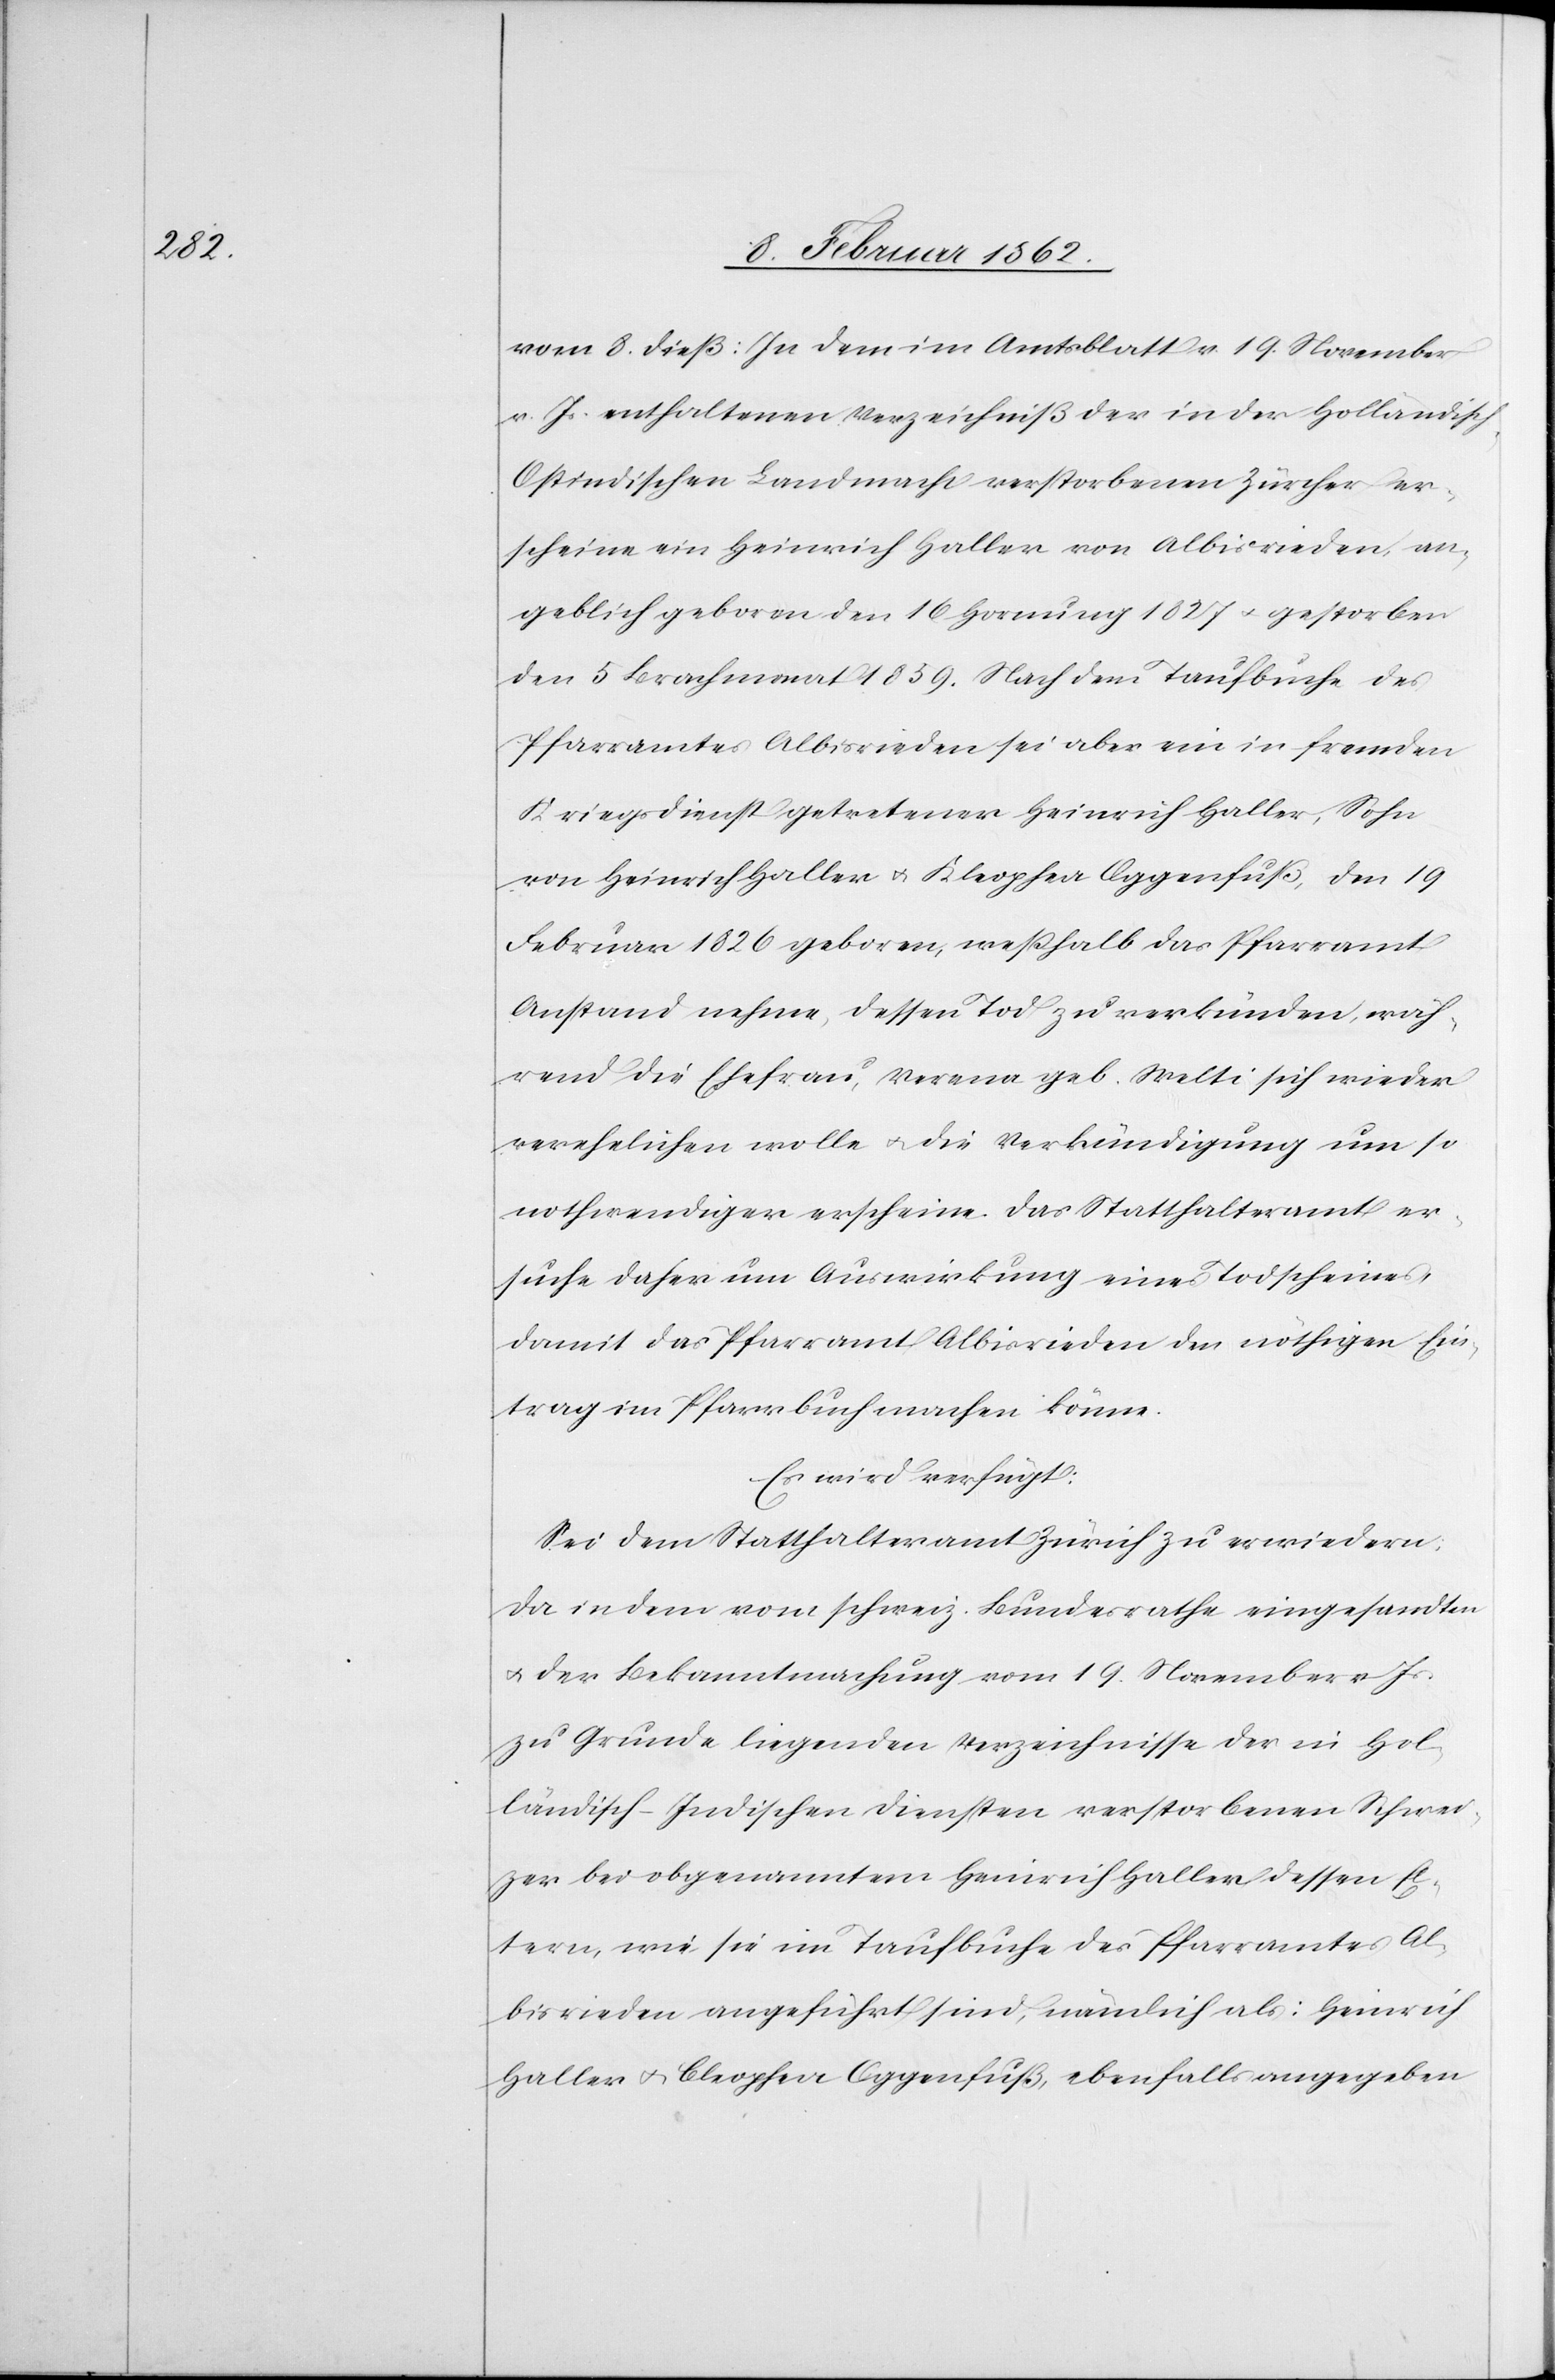
vom 8. dieß: In dem im Amtsblatt v. 19. November
v. Js. enthaltenen Verzeichniß der in der Holländisch-O¬
stindischen Landmacht verstorbenen Zürcher er¬
scheine ein Heinrich Haller von Albisrieden, an¬
geblich geboren den 16 Hornung 1827 u. gestorben
den 5 Brachmonat 1859. Nach dem Taufbuche des
Pfarramtes Albisrieden sei aber ein in fremden
Kriegsdienst getretener Heinrich Haller, Sohn
von Heinrich Haller u. Kleophea Oggenfuß, den 19
Februar 1826 geboren, weßhalb das Pfarramt
Anstand nehme, dessen Tod zu verkünden, wäh¬
rend die Ehefrau, Verena geb. Welti sich wieder
verehelichen wolle u. die Verkündigung um so
nothwendiger erscheine. Das Statthalteramt er¬
suche daher um Auswirkung eines Todscheines,
damit das Pfarramt Albisrieden den nöthigen Ein¬
trag im Pfarrbuch machen könne.
Es wird verfügt:
Sei dem Statthalteramt Zürich zu erwiedern:
Da in dem vom schweiz. Bundesrathe eingesandten
u. der Bekanntmachung vom 19. November v Js.
zu Grunde liegenden Verzeichnisse der in Hol¬
ländisch-Indischen Diensten verstorbenen Schwei¬
zer bei obgenanntem Heinrich Haller dessen El¬
tern, wie sie im Taufbuche des Pfarramtes Al¬
bisrieden angeführt sind, nämlich als: Heinrich
Haller u. Cleophea Oggenfuß, ebenfalls angegeben